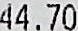
44.70